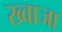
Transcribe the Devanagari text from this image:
ख्‍वाजा